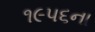
૧૯૫૬ના